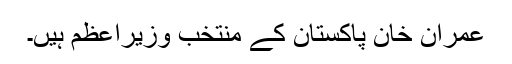
عمران خان پاکستان کے منتخب وزیراعظم ہیں۔